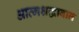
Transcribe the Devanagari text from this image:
आत्मश्रद्धावान